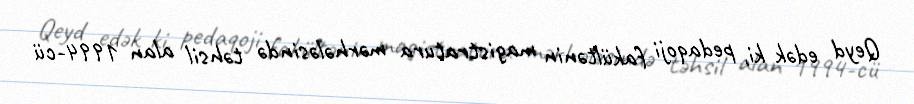
Qeyd edək ki, pedaqoji fakültənin magistratura mərhələsində təhsil alan 1994-cü